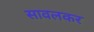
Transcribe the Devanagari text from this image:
सावलकर